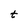
Character: t